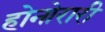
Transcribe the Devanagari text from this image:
होनोरारी